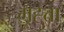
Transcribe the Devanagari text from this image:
मह्त्ता